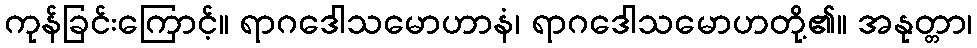
ကုန်ခြင်းကြောင့်။ ရာဂဒေါသမောဟာနံ၊ ရာဂဒေါသမောဟတို့၏။ အနုတ္တာ၊